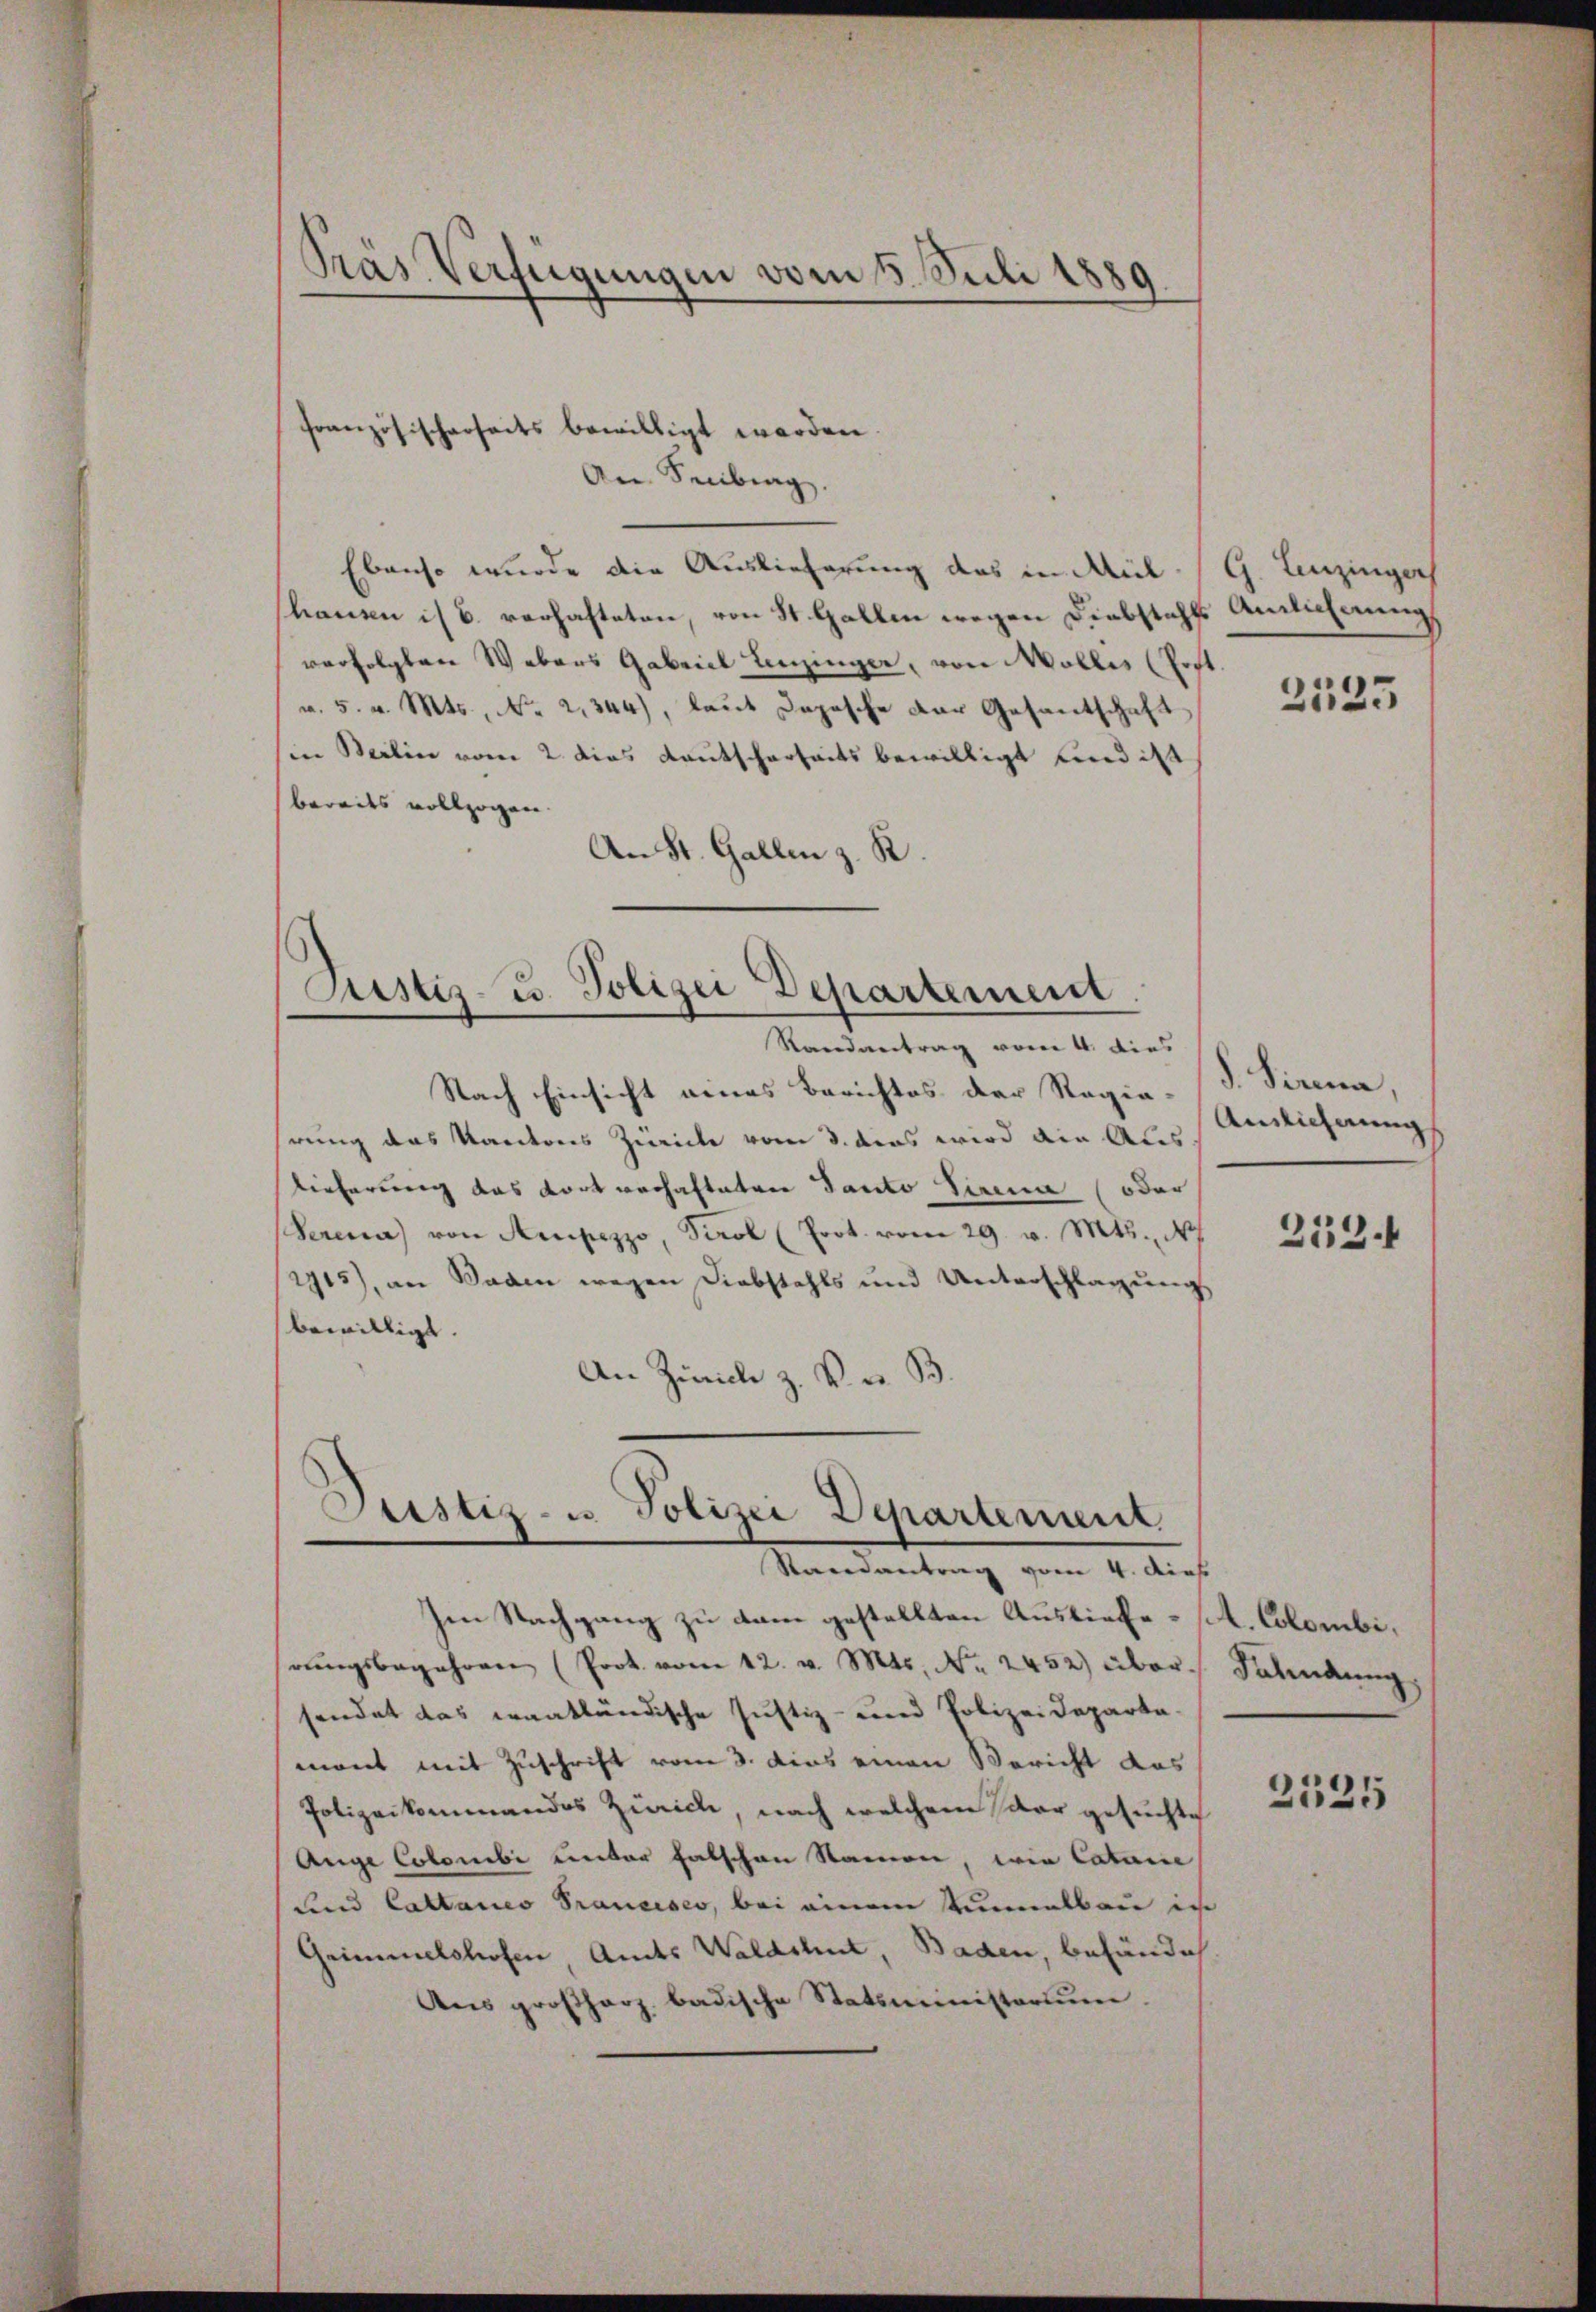
Prás Verfügungen vom 5. Juli 1889

Justiz- u. Polizei Departement

französischerseits bewilligt worden.
An Senberg.
Ebenso wurde die Auslieferung des in Milhanen is 6. verhafteten, von St. Gallen wegen Diebstahls Antlicherung
verfolgten Webers Gabriel Einzinger, von Mollis (Post.
a. 5. v. Mts., No 2,344), laut Depesche der Gesantschaft
in Berlin vom 2. dies Kautscherheits bewilligt und ist
bereits vollzogen.
An St. Gallen z. R.

Justiz- u. Polizei Departement
Raeneantrag vom 4. dies

Randantrag vom 4. dies
Nach Einsicht eines Berichtes der Regie-
hrung das Kantons Zürich vom 3. das wird die Aus
lieferung das dort verhafteten Tanto Sirna (oder
Serena von Ampezzo, Sirol (Prot. vom 29. v. Mts., N
2915), an Baden wegen Diebstahls und Unterschlagung
bewilligt.
An Zürich z. B. u. B.

hen Nachgang zu kam gestellten Ausliefe st. Colombirŭngsbegehren (Prok. vom 12. v. Mts. No. 2452) über Fahndung
sendet das erantländische Justiz- und Polizeideparta-
mant mit Zuschrift vom 3. dies einen Bericht das
Polizeikommandos Zürich, nach welchem Paar gesuchte
Auge Colonibi unter Entschen Namen, wie Catane
und Cattaneo Francisco, bei einem Kinnalbau in
Grimmelshofen, Amts Waldshut, Baden, behändi
Aus großherz badische Statsministorium.

G. Einzinger
2135

d. Sirna,
Auslieferung
d

213.

2525